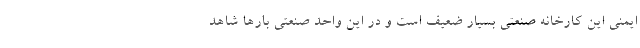
ایمنی این کارخانه صنعتی بسیار ضعیف است و در این واحد صنعتی بارها شاهد